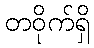
တဝိုက်ရှိ